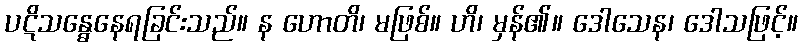
ပဋိသန္ဓေနေရခြင်းသည်။ န ဟောတိ၊ မဖြစ်။ ဟိ၊ မှန်၏။ ဒေါသေန၊ ဒေါသဖြင့်။